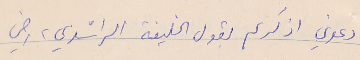
دعوني اذكركم بقول الخليفة الراشدي، رضي